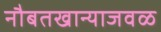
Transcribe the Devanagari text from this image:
नौबतखान्याजवळ